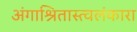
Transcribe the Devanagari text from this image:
अंगाश्रितास्त्वलंकारा